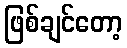
ဖြစ်ချင်တော့